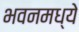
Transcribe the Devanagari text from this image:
भवनमध्ये